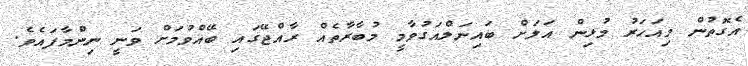
އެގޮތުން މިއަހަރު މުޅިން އަލަށް ބައިނަލްއަގުވާމީ މުބާރާތެއް ރާއްޖޭގައި ބޭއްވުމަށް ވަނީ ނިންމާފައެވެ.